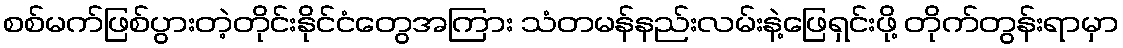
စစ်မက်ဖြစ်ပွားတဲ့တိုင်းနိုင်ငံတွေအကြား သံတမန်နည်းလမ်းနဲ့ဖြေရှင်းဖို့ တိုက်တွန်းရာမှာ